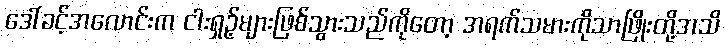
ဒေါ်ခင့်အလောင်းက ငါးရှဉ့်များဖြစ်သွားသည်ကိုတော့ အရက်သမားကိုသာဖြိုးတို့အသိ